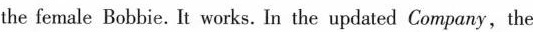
the female Bobbie. It works. In the updated Company, the